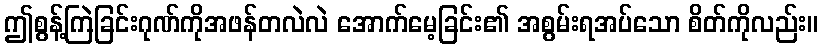
ဤစွန့်ကြဲခြင်းဂုဏ်ကိုအဖန်တလဲလဲ အောက်မေ့ခြင်း၏ အစွမ်းရအပ်သော စိတ်ကိုလည်း။